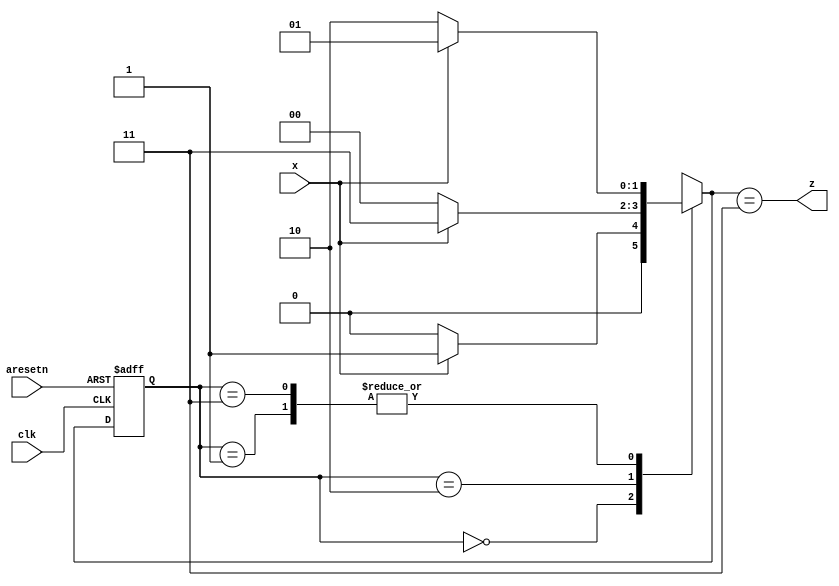
module top_module (
    input clk,
    input aresetn,    // Asynchronous active-low reset
    input x,
    output z ); 
	parameter A=0,B=1,C=2,D=3;
    reg [1:0]state,next_state;
    always @(*) begin
        case(state)
            A:next_state<=x?B:A;
            B:next_state<=x?B:C;
            C:next_state<=x?D:A;
            D:next_state<=x?B:C;
        endcase
    end
    always @(posedge clk,negedge aresetn) begin
        if(~aresetn) state<=A;
        else state<=next_state;
    end
    assign z=(next_state==D);
endmodule